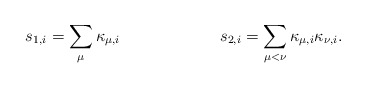
\begin{align*}s_{1,i} = \sum_{\mu} \kappa_{\mu,i}\hspace{1in} s_{2,i} = \sum_{\mu<\nu} \kappa_{\mu,i}\kappa_{\nu,i} .\end{align*}